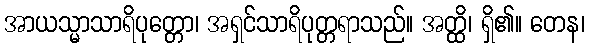
အာယသ္မာသာရိပုတ္တော၊ အရှင်သာရိပုတ္တရာသည်။ အတ္ထိ၊ ရှိ၏။ တေန၊